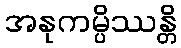
အနုကမ္ပိဿန္တိ